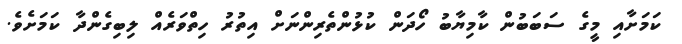
ކަމަށާއި މީގެ ސަބަބުން ކާމިޔާބު ހޯދަން ކުޅުންތެރިންނަށް އިތުރު ހިތްވަރެއް ލިބިގެންދާ ކަމަށެވެ.